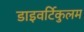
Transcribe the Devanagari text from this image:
डाइवर्टिकुलम